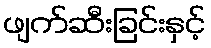
ဖျက်ဆီးခြင်းနှင့်